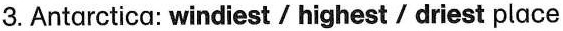
3.Antarctica:windiest/highest/driest place